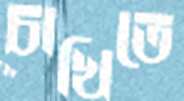
চাখিতে